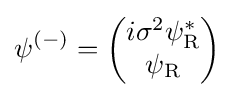
\psi ^{(-)}={\begin{pmatrix}i\sigma ^{2}\psi _{\text{R}}^{*}\\\psi _{\text{R}}\end{pmatrix}}